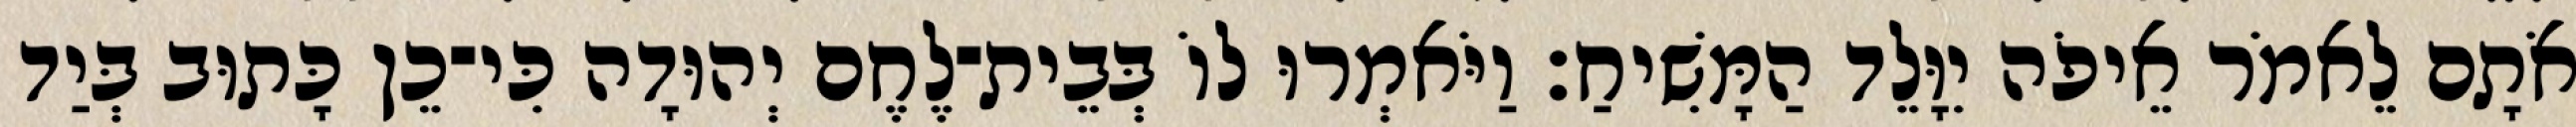
אֹתָם לֵאמֹר אֵיפֹה יִוָּלֵד הַמָּשִׁיחַ׃ וַיֹּאמְרוּ לוֹ בְּבֵית־לֶחֶם יְהוּדָה כִּי־כֵן כָּתוּב בְּיַד